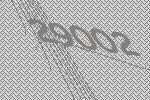
29002